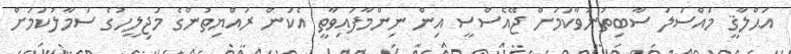
އަޙްލާޤީ މައްސަލަ ސާބިތުނުވާކަމަށް ޖޭއެސްސީ އިން ނިންމާފައިވާތީ އެކަން ރައްޔިތުންގެ މަޖިލީހުގެ ސަމާލުކަމަށް